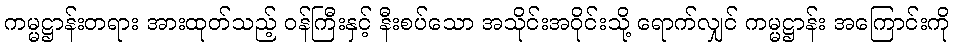
ကမ္မဋ္ဌာန်းတရား အားထုတ်သည့် ဝန်ကြီးနှင့် နီးစပ်သော အသိုင်းအဝိုင်းသို့ ရောက်လျှင် ကမ္မဋ္ဌာန်း အကြောင်းကို